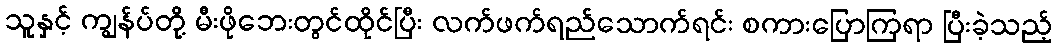
သူနှင့် ကျွန်ပ်တို့ မီးဖိုဘေးတွင်ထိုင်ပြီး လက်ဖက်ရည်သောက်ရင်း စကားပြောကြရာ ပြီးခဲ့သည့်